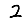
Digit: 2